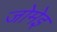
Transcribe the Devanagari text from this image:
जोमेइ